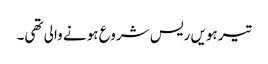
تیرہویں ریس شروع ہونے والی تھی۔